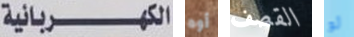
الكهربائية أوه القصف لو